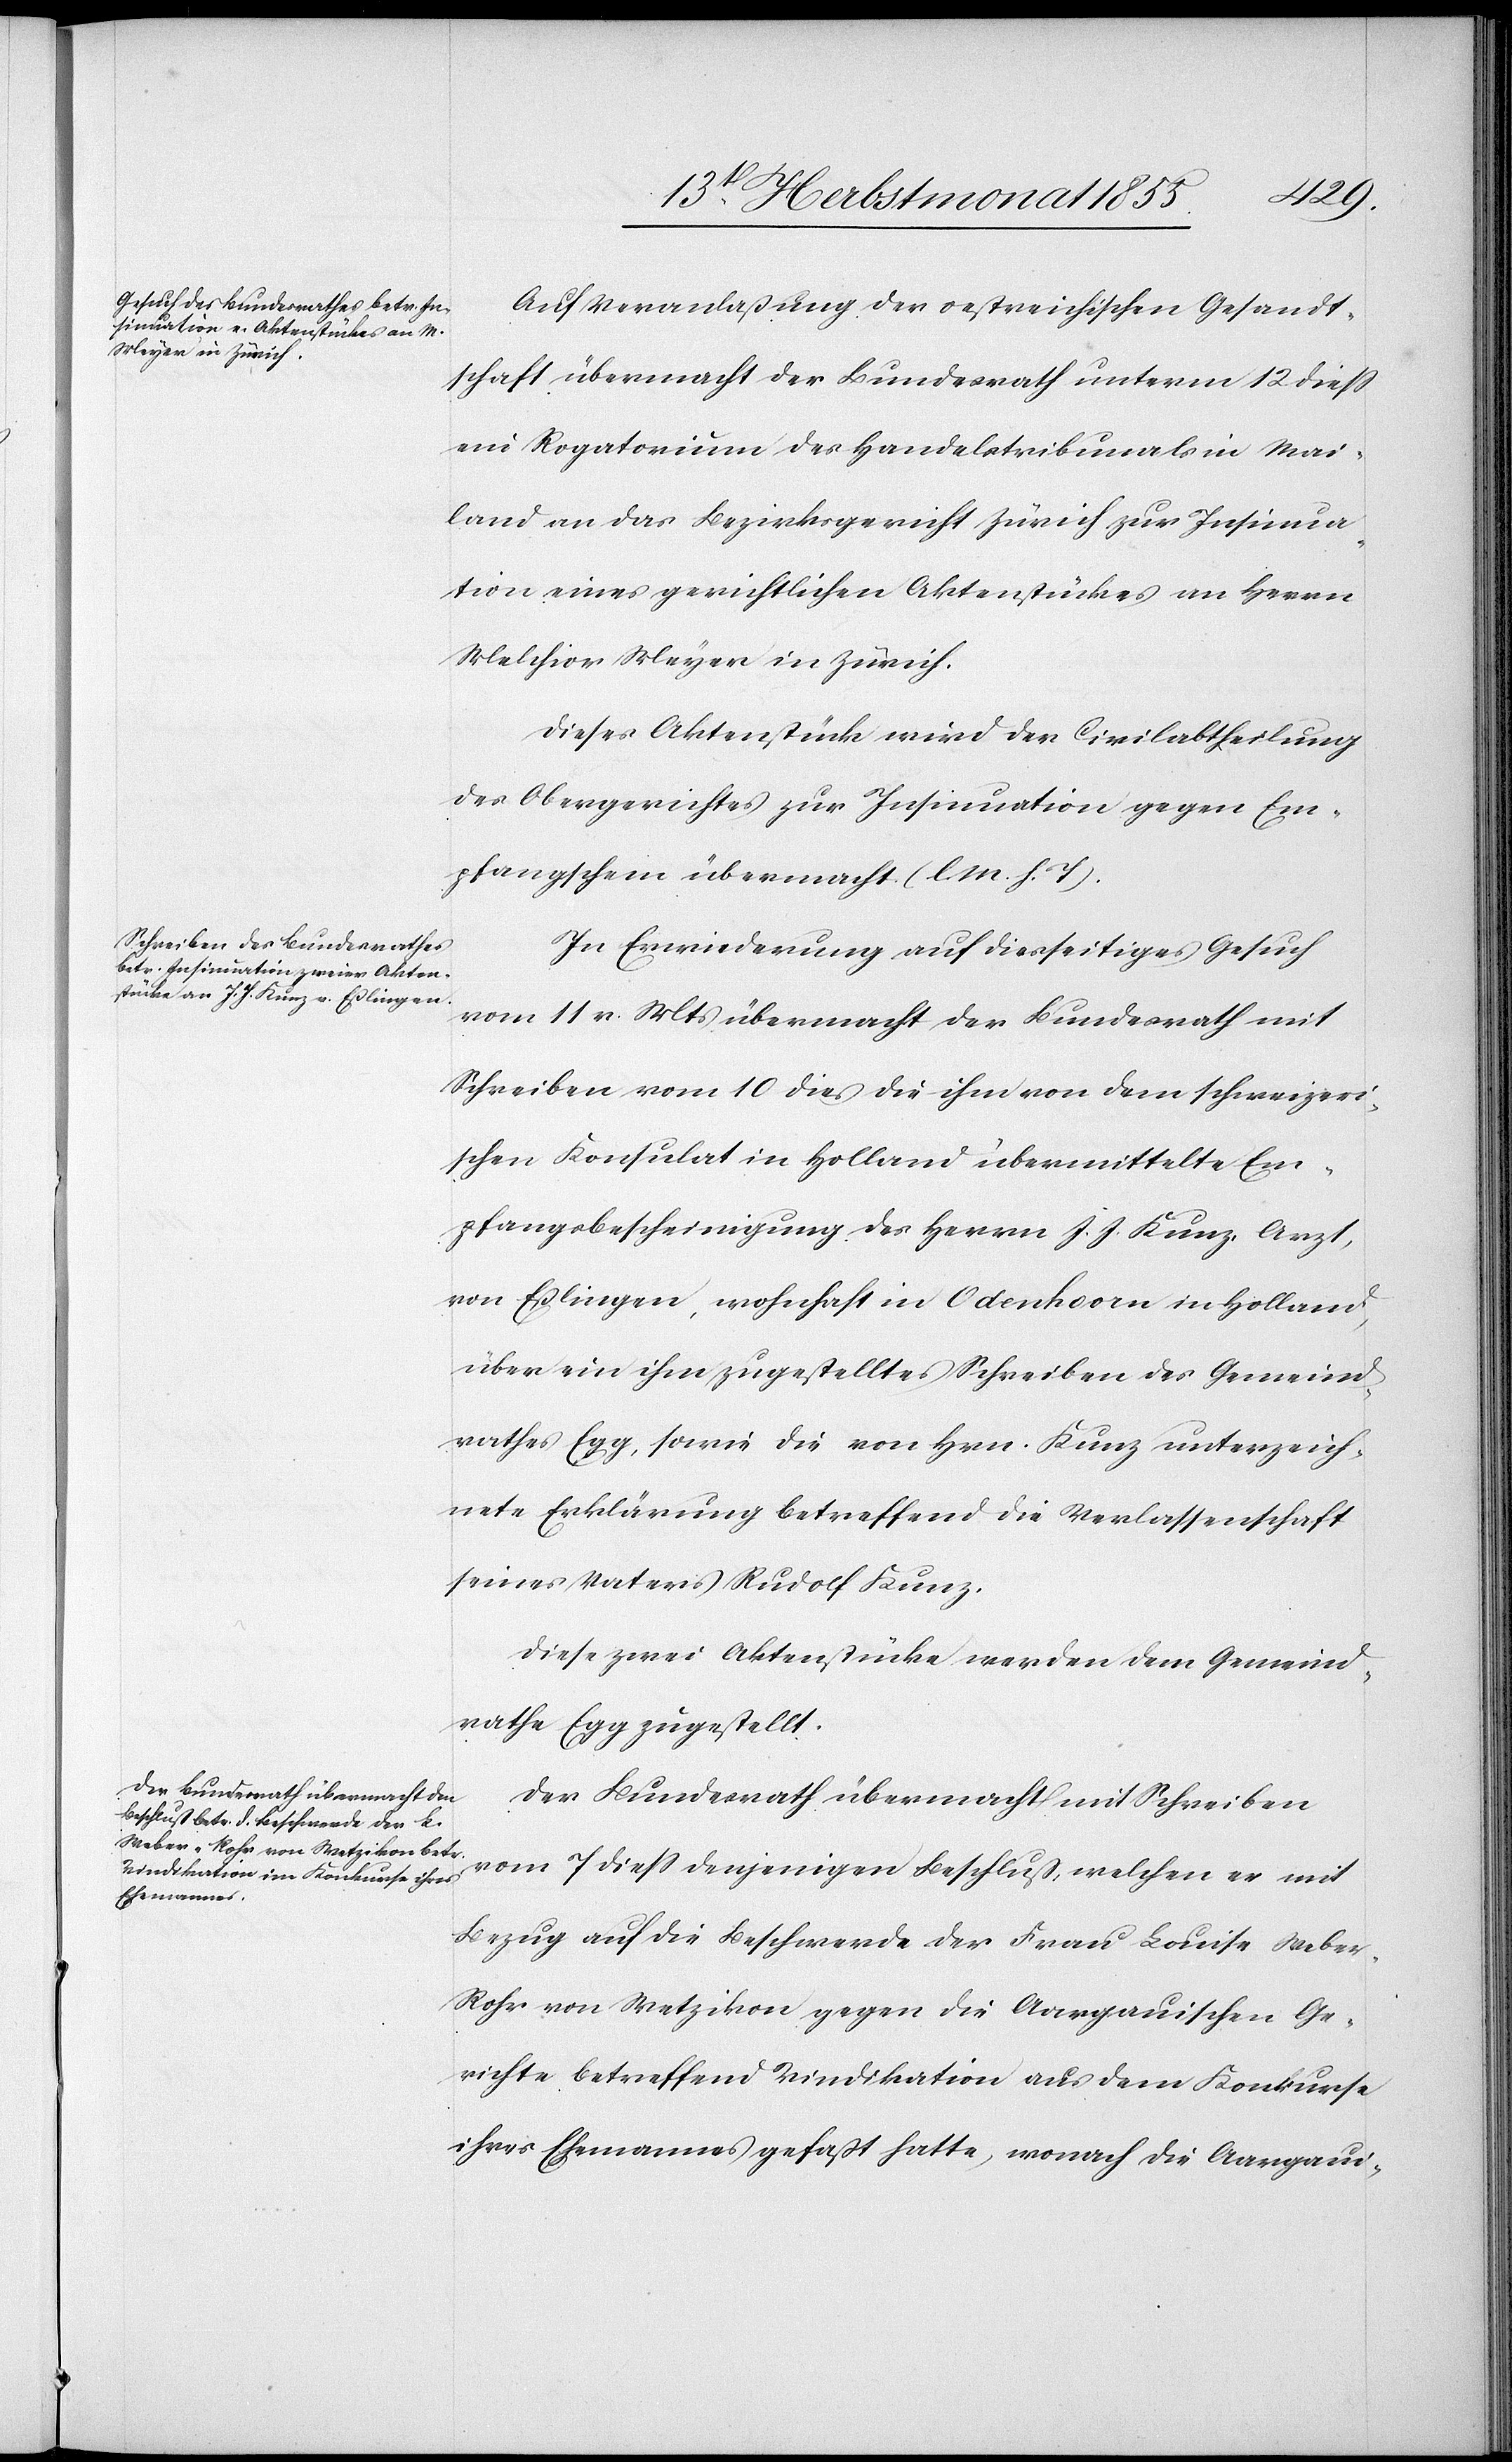
Auf Veranlaßung der oestreichischen Gesandt¬
schaft übermacht der Bundesrath unterm 12 diess
ein Rogatorium des Handelstribunals in Mai¬
land an das Bezirksgericht Zürich zur Insinua¬
tion eines gerichtlichen Aktenstückes an Herrn
Melchior Meyer in Zürich.
Dieses Aktenstück wird der Civilabtheilung
des Obergerichtes zur Insinuation gegen Em¬
pfangschein übermacht. (l. M. h. T).
In Erwiederung auf diesseitiges Gesuch
vom 11 v. Mts übermacht der Bundesrath mit
Schreiben vom 10 dies[s] die ihm von dem schweizeri¬
schen Konsulat in Holland übermittelte Em¬
pfangsbescheinigung des Herrn J. J. Kunz, Arzt,
von Eßlingen, wohnhaft in O[u]denhoorn in Holland,
über ein ihm zugestelltes Schreiben des Gemeind¬
rathes Egg, sowie die von Hrn. Kunz unterzeich¬
nete Erklärung betreffend die Verlassenschaft
seines Vaters Rudolf Kunz.
Diese zwei Aktenstücke werden dem Gemeind¬
rathe Egg zugestellt.
Der Bundesrath übermacht mit Schreiben
vom 7 diess denjenigen Beschluß, welchen er mit
Bezug auf die Beschwerde der Frau Louise Webe¬
r-Rohr von Wetzikon gegen die Aargauischen Ge¬
richte betreffend Vindikation aus dem Konkurse
ihres Ehemannes gefaßt hatte, wonach die Aargaui-